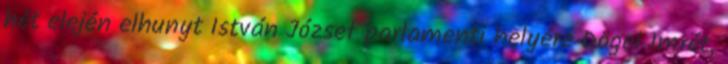
hét elején elhunyt István József parlamenti helyére Dögei Imrét,